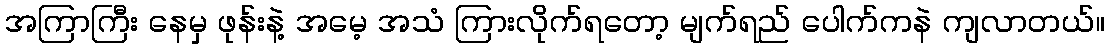
အကြာကြီး နေမှ ဖုန်းနဲ့ အမေ့ အသံ ကြားလိုက်ရတော့ မျက်ရည် ပေါက်ကနဲ ကျလာတယ်။